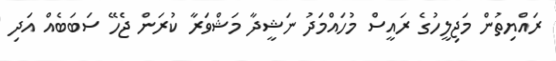
ރައްޔިތުން މަޖިލީހުގެ ރައީސް މުހައްމަދު ނަޝީދާ މަޝްވަރާ ކުރަން ޖެހޭ ސަބަބެއް އަދި